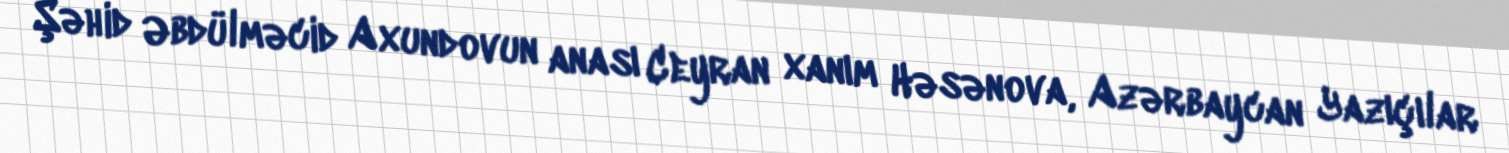
Şəhid Əbdülməcid Axundovun anası Ceyran xanım Həsənova, Azərbaycan Yazıçılar